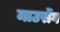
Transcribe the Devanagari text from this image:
माउरोंग